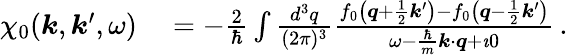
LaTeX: \begin{array}{rl}{\chi_{0}(\boldsymbol{k},\boldsymbol{k}^{\prime},\omega)}&{{}=-\frac{2}{\hbar}\int\frac{d^{3}q}{(2\pi)^{3}}\frac{f_{0}\left(\boldsymbol{q}+\frac{1}{2}\boldsymbol{k}^{\prime}\right)-f_{0}\left(\boldsymbol{q}-\frac{1}{2}\boldsymbol{k}^{\prime}\right)}{\omega-\frac{\hbar}{m}\boldsymbol{k}\cdot\boldsymbol{q}+\imath 0}\, .}\end{array}